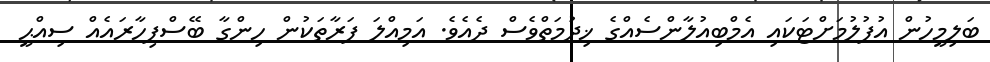
ބަލިމީހުން އުފުލުމަށްޓަކައި އެމްބިއުލާންސެއްގެ ޚިދުމަތްވެސް ދެއެވެ. އަމިއްލަ ފަރާތަކުން ހިންގާ ބޭސްފިހާރައެއް ސިއްޙީ